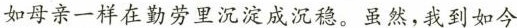
如母亲一样在勒劳里沉淀成沉稳。虽然，我到如今